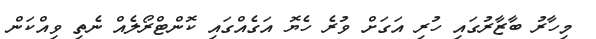
މިހާރު ބާޒާރުގައި ހުރި އަގަށް ވުރެ ހެޔޮ އަގެއްގައި ކޮންޓްރޯލެއް ނެތި ވިއްކަން